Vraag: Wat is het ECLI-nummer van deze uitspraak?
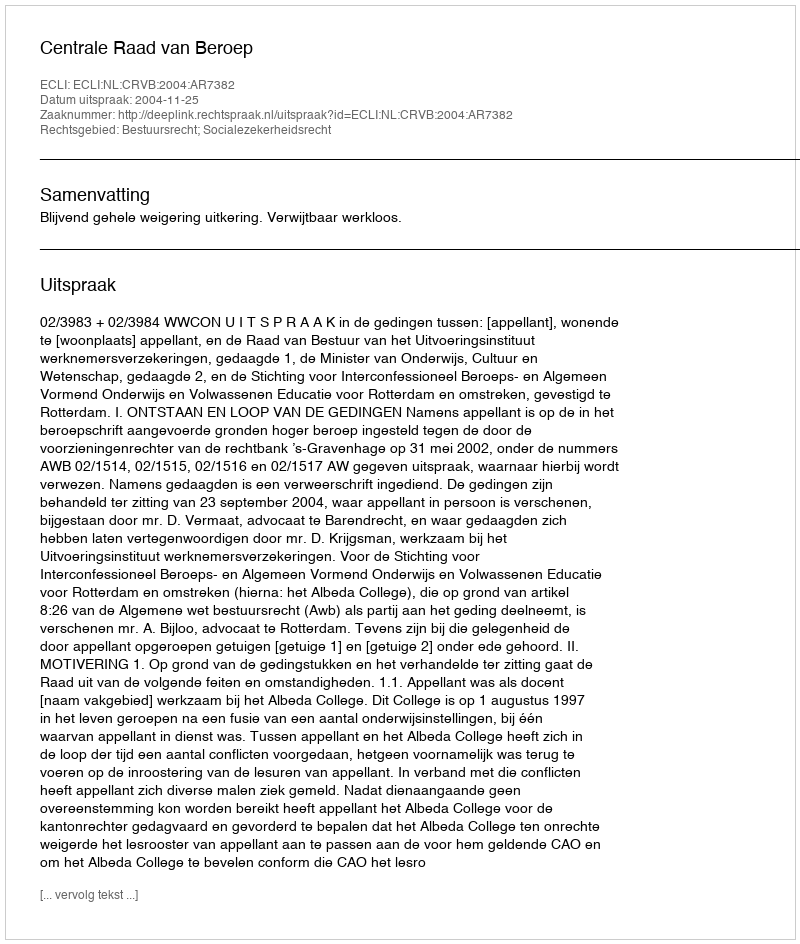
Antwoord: ECLI:NL:CRVB:2004:AR7382